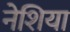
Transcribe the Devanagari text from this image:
नेशिया